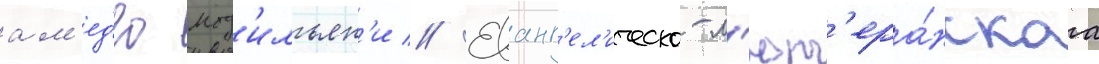
ам'ед'ео мод'ильян'и // Еванг'ел'ическо-л'ют'ера́нскаа